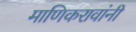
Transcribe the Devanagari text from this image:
माणिकरावांनी